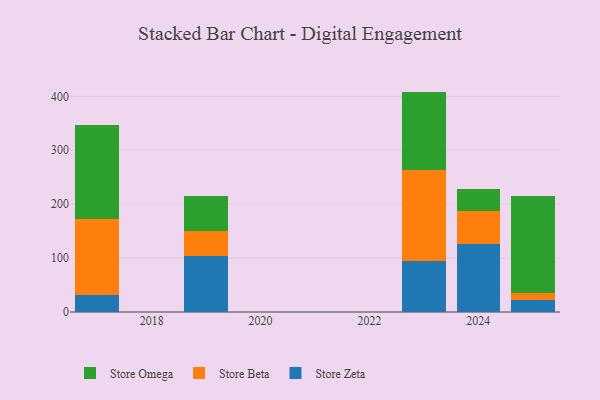
{"axis": {"x": "Year", "y": "Latency (ms)"}, "legend": ["Store Beta", "Store Omega", "Store Zeta"], "data": [{"x": "2019", "y": 104.6, "type": "Store Zeta"}, {"x": "2019", "y": 45.2, "type": "Store Beta"}, {"x": "2019", "y": 64.6, "type": "Store Omega"}, {"x": "2023", "y": 94.4, "type": "Store Zeta"}, {"x": "2023", "y": 168.2, "type": "Store Beta"}, {"x": "2023", "y": 146.2, "type": "Store Omega"}, {"x": "2024", "y": 126.9, "type": "Store Zeta"}, {"x": "2024", "y": 60.8, "type": "Store Beta"}, {"x": "2024", "y": 40.6, "type": "Store Omega"}, {"x": "2025", "y": 22.5, "type": "Store Zeta"}, {"x": "2025", "y": 12.5, "type": "Store Beta"}, {"x": "2025", "y": 179.8, "type": "Store Omega"}, {"x": "2017", "y": 31.4, "type": "Store Zeta"}, {"x": "2017", "y": 141.2, "type": "Store Beta"}, {"x": "2017", "y": 173.5, "type": "Store Omega"}]}